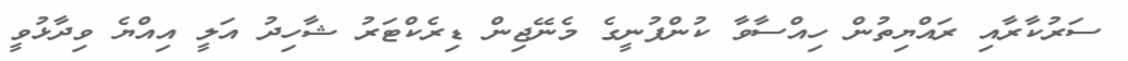
ސަރުކާރާއި ރައްޔިތުން ހިއްސާވާ ކުންފުނީގެ މެނޭޖިން ޑިރެކްޓަރު ޝާހިދު އަލީ އިއްޔެ ވިދާޅުވީ